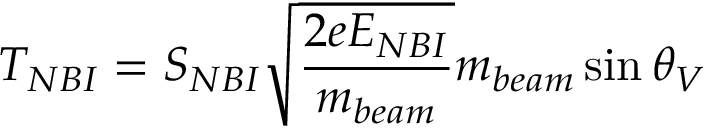
T _ { N B I } = S _ { N B I } \sqrt { \frac { 2 e E _ { N B I } } { m _ { b e a m } } } m _ { b e a m } \sin { \theta _ { V } }